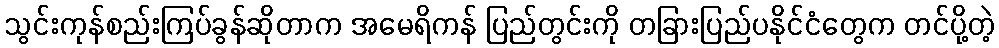
သွင်းကုန်စည်းကြပ်ခွန်ဆိုတာက အမေရိကန် ပြည်တွင်းကို တခြားပြည်ပနိုင်ငံတွေက တင်ပို့တဲ့